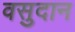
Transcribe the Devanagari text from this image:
वसुदान